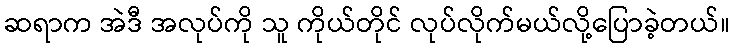
ဆရာက အဲဒီ အလုပ်ကို သူ ကိုယ်တိုင် လုပ်လိုက်မယ်လို့ပြောခဲ့တယ်။